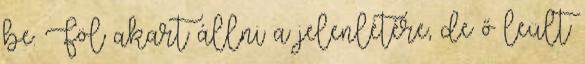
be. Föl akart állni a jelenlétére, de ő leült